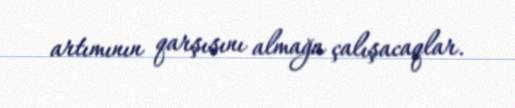
artımının qarşısını almağa çalışacaqlar.